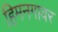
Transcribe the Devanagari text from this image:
हिमनगावर